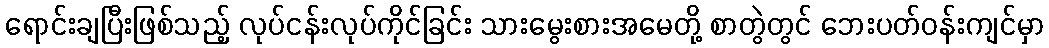
ရောင်းချပြီးဖြစ်သည့် လုပ်ငန်းလုပ်ကိုင်ခြင်း သားမွေးစားအမေတို့ စာတွဲတွင် ဘေးပတ်ဝန်းကျင်မှာ